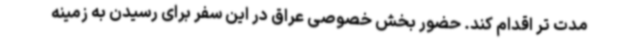
مدت تر اقدام کند. حضور بخش خصوصی عراق در این سفر برای رسیدن به زمینه